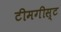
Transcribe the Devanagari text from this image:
टीमगीस्ट